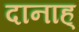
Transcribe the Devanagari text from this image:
दानाह्